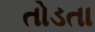
તોડતા